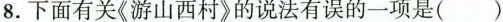
8.下面有关《游山西村》的说法有误的一项是()